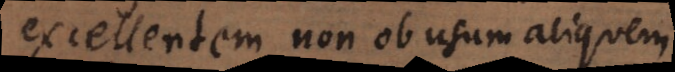
excellentem non ob usum aliquem